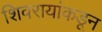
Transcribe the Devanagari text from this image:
शिवरायांकडून